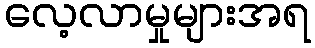
လေ့လာမှုများအရ